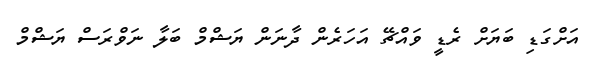
އަށްގަޑި ބަޔަށް ރެޑީ ވައްޗޭ އަހަރެން ދާނަން ޔަޝްމް ބަލާ ނަވްރަސް ޔަޝްމް